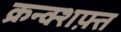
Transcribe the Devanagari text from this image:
क्रन्क्शफ़्त